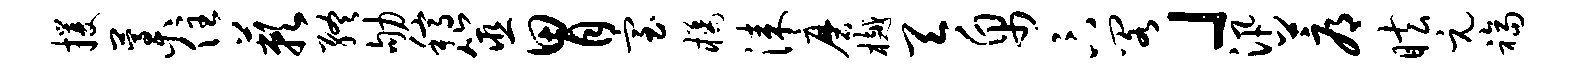
攫藁住蔌终劬稿筮胃室橘漆磨樾天帛卞阁」汛蓐眩元福